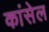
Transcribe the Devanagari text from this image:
कांसेल